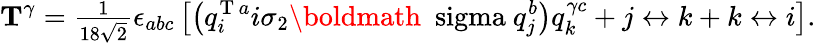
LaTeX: {\mathbf T}^{\gamma}={\textstyle\frac{1}{18\sqrt{2}}}\epsilon_{abc}\left[\left(q_{i}^{\mathrm{T}\, a}i\sigma_{2}\mathrm{\boldmath~\ sigma~}q_{j}^{b}\right)q_{k}^{\gamma c}+j\leftrightarrow k+k\leftrightarrow i\right].